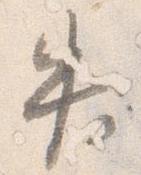
失